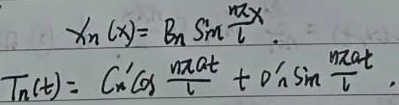
\[\begin{align*}
X_n(x)&=B_n\sin\frac{n\pi x}{l}\\
T_n(t)&=C_n'\cos\frac{n\pi a t}{l}+D_n'\sin\frac{n\pi a t}{l}
\end{align*}\]